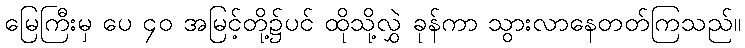
မြေကြီးမှ ပေ ၄၀ အမြင့်တို့၌ပင် ထိုသို့လွှဲ ခုန်ကာ သွားလာနေတတ်ကြသည်။